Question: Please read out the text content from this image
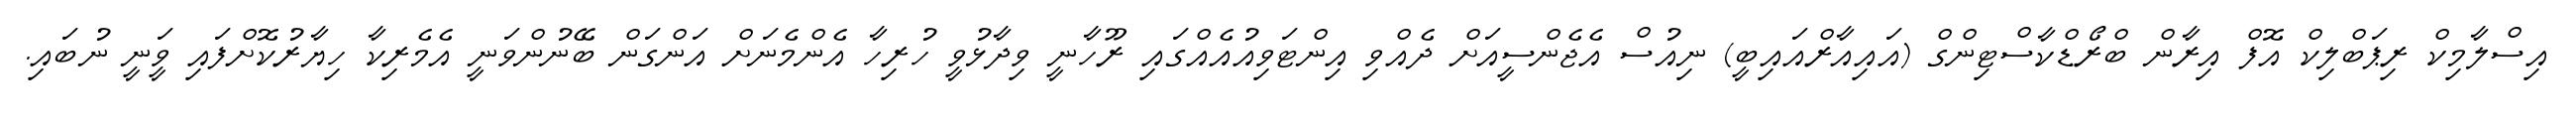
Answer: އިސްލާމިކް ރިޕަބްލިކް އޮފް އިރާން ބްރޯޑްކާސްޓިންގް (އައިއާރްއައިބީ) ނިއުސް އެޖެންސީއަށް ދެއްވި އިންޓަވިއުއެއްގައި ރޫހާނީ ވިދާޅުވީ ހުރިހާ އެންމެނަށް އަންގަން ބޭނުންވަނީ އެމެރިކާ ހިޔާރުކޮށްފައި ވަީނީ ނުބައި.